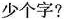
少个字?